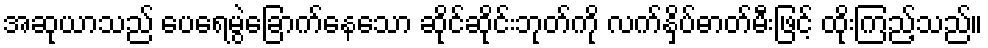
အဆုယာသည် ပေရေမွဲခြောက်နေသော ဆိုင်ဆိုင်းဘုတ်ကို လက်နှိပ်ဓာတ်မီးဖြင့် ထိုးကြည့်သည်။